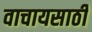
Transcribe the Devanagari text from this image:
वाचायसाठी